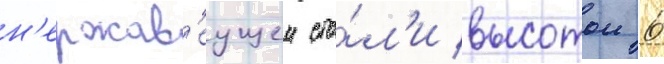
н'ержав'еущеи ста́л'и высотои 6